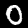
Label: 0